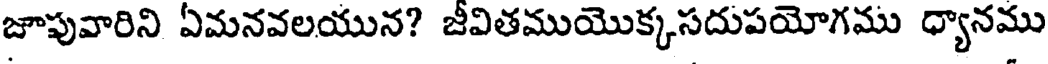
జూపువారిని ఏమనవలయున? జీవితముయొక్కసదుపయోగము ధ్యానము